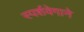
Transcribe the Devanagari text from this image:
स्पर्शवेगाने